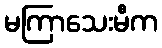
မကြာသေးမီက